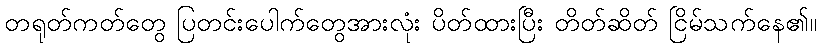
တရုတ်ကတ်တွေ ပြတင်းပေါက်တွေအားလုံး ပိတ်ထားပြီး တိတ်ဆိတ် ငြိမ်သက်နေ၏။